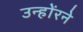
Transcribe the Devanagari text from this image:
उन्होंरने